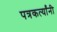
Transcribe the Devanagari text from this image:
पत्रकर्त्यांनी